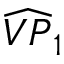
\widehat { V P } _ { 1 }